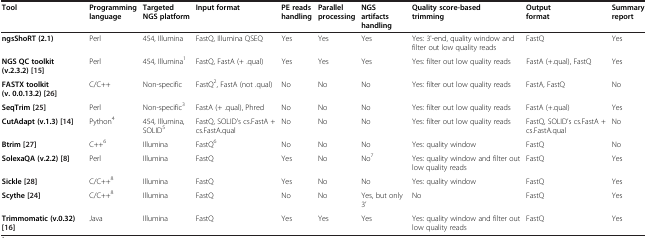
<table><thead><tr><td><b>Tool</b></td><td><b>Programming language</b></td><td><b>Targeted NGS platform</b></td><td><b>Input format</b></td><td><b>PE reads handling</b></td><td><b>Parallel processing</b></td><td><b>NGS artifacts handling</b></td><td><b>Quality score-based trimming</b></td><td><b>Output format</b></td><td><b>Summary report</b></td></tr></thead><tbody><tr><td><b>ngsShoRT (2.1)</b></td><td>Perl</td><td>454, Illumina</td><td>FastQ, Illumina QSEQ</td><td>Yes</td><td>Yes</td><td>Yes</td><td>Yes: 3&#x27;-end, quality window and filter out low quality reads</td><td>FastQ</td><td>Yes</td></tr><tr><td><b>NGS QC toolkit (v.2.3.2) </b>[15]</td><td>Perl</td><td>454, Illumina<sup>1</sup></td><td>FastQ, FastA (+ .qual)</td><td>Yes</td><td>Yes</td><td>Yes</td><td>Yes: filter out low quality reads</td><td>FastA (+.qual), FastQ</td><td>Yes</td></tr><tr><td><b>FASTX toolkit (v. 0.0.13.2) </b>[26]</td><td>C/C++</td><td>Non-specific</td><td>FastQ<sup>2</sup>, FastA (not .qual)</td><td>No</td><td>No</td><td>No</td><td>Yes: filter out low quality reads</td><td>FastA, FastQ</td><td>No</td></tr><tr><td><b>SeqTrim </b>[25]</td><td>Perl</td><td>Non-specific<sup>3</sup></td><td>FastA (+ .qual), Phred</td><td>No</td><td>No</td><td>No</td><td>Yes: filter out low quality reads</td><td>FastA (+.qual)</td><td>Yes</td></tr><tr><td><b>CutAdapt (v.1.3) </b>[14]</td><td>Python<sup>4</sup></td><td>454, Illumina, SOLID<sup>5</sup></td><td>FastQ, SOLID’s cs.FastA + cs.FastA.qual</td><td>No</td><td>No</td><td>No</td><td>Yes: filter out low quality reads</td><td>FastQ, SOLID’s cs.FastA + cs.FastA.qual</td><td>No</td></tr><tr><td><b>Btrim </b>[27]</td><td>C++<sup>6</sup></td><td>Illumina</td><td>FastQ<sup>6</sup></td><td>No</td><td>No</td><td>No</td><td>Yes: quality window</td><td>FastQ</td><td>No</td></tr><tr><td><b>SolexaQA (v.2.2) </b>[8]</td><td>Perl</td><td>Illumina</td><td>FastQ</td><td>Yes</td><td>No</td><td>No<sup>7</sup></td><td>Yes: quality window and filter out low quality reads</td><td>FastQ</td><td>Yes</td></tr><tr><td><b>Sickle </b>[28]</td><td>C/C++<sup>8</sup></td><td>Illumina</td><td>FastQ</td><td>Yes</td><td>No</td><td>No</td><td>Yes: quality window</td><td>FastQ</td><td>Yes</td></tr><tr><td><b>Scythe </b>[24]</td><td>C/C++<sup>8</sup></td><td>Illumina</td><td>FastQ</td><td>No</td><td>No</td><td>Yes, but only 3’</td><td>No</td><td>FastQ</td><td>Yes</td></tr><tr><td><b>Trimmomatic (v.0.32) </b>[16]</td><td>Java</td><td>Illumina</td><td>FastQ</td><td>Yes</td><td>Yes</td><td>Yes</td><td>Yes: quality window and filter out low quality reads</td><td>FastQ</td><td>Yes</td></tr></tbody></table>